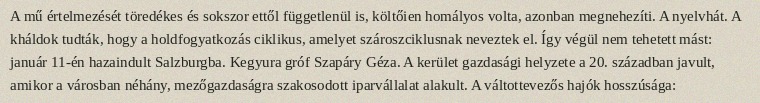
A mű értelmezését töredékes és sokszor ettől függetlenül is, költőien homályos volta, azonban megnehezíti. A nyelvhát. A kháldok tudták, hogy a holdfogyatkozás ciklikus, amelyet szároszciklusnak neveztek el. Így végül nem tehetett mást: január 11-én hazaindult Salzburgba. Kegyura gróf Szapáry Géza. A kerület gazdasági helyzete a 20. században javult, amikor a városban néhány, mezőgazdaságra szakosodott iparvállalat alakult. A váltottevezős hajók hosszúsága: